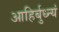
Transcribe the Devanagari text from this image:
आहिर्बुध्न्यं